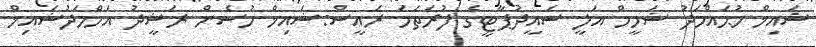
ޝައިޚް މުޙައްމަދު ޝަހީމް އަލީ ސައީދުޕާޓީގެ ފުރަތަމަ ރައީސް:ޝައިޚް ހުސެން ރަޝީދު އަހްމަދުޝައިޚް